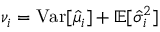
\nu _ { i } = \mathrm { V a r } [ \hat { \mu } _ { i } ] + \mathbb { E } [ \hat { \sigma } _ { i } ^ { 2 } ]